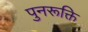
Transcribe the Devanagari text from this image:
पुनरूक्ति